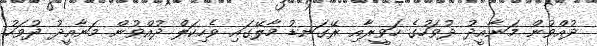
ދުއްވުން މަނާއީދު ދުވަހުގެ ހަވީރާއި ރޭގަނޑު މާލޭގައި ވެހިކަލް ދުއްވުން މަނާއީދު ދުވަހު